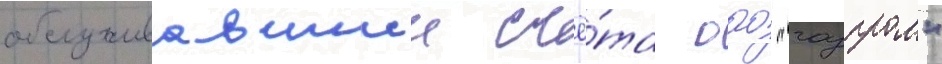
обслуживавшии счё́та оао "газпром"